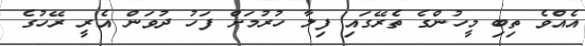
އެއްވެ ތިބި މީހުންގެ ތެރޭގައި ފިލާ ހުރުމަށް ފަހު ދުވަން އެރީ ރޭހުގެ